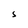
Character: S